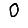
Digit: 0